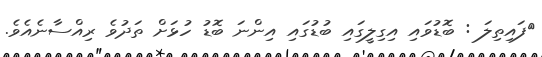
ފައިތިލަ : ބޮޑުވައި އިގިލީގައި ބުޑުގައި އިންނަ ބޮޑު ހުޅަށް ތަދުވެ ރިއްސާނެއެވެ.